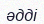
әдді